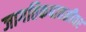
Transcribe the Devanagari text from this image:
जागतिकपातळीवर